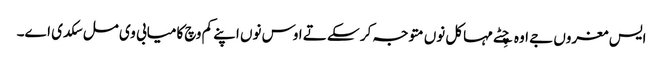
ایس مغروں جے اوہ چِٹے مہاکل نوں متوجہ کر سکے تے اوس نوں اپنے کم وچ کامیابی وی مل سکدی اے۔